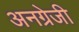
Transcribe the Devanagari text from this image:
अनग्रेजी